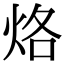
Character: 烙